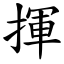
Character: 揮